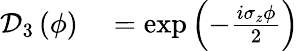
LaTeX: \begin{array}{rl}{\mathcal{D}_{3}\left(\phi\right)}&{{}=\exp\left(-\frac{i\sigma_{z}\phi}{2}\right)}\end{array}